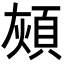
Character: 𩒏